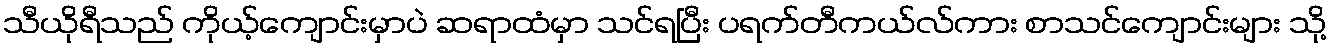
သီယိုရီသည် ကိုယ့်ကျောင်းမှာပဲ ဆရာထံမှာ သင်ရပြီး ပရက်တီကယ်လ်ကား စာသင်ကျောင်းများ သို့